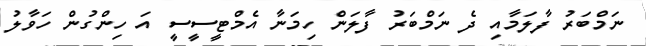
ނަމްބަރު ފާލަމާއި ދެ ނަމްބަރު ފާލަން ހިމަނާ އެމްޓީސީސީ އަ ހިންގުން ހަވާލު